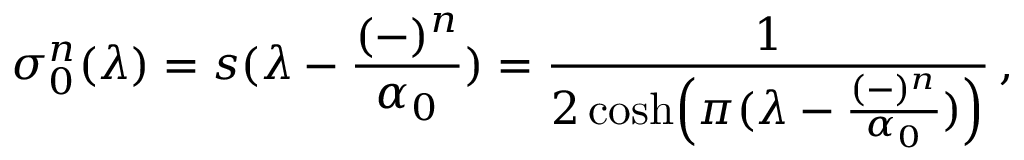
\sigma _ { 0 } ^ { n } ( \lambda ) = s ( \lambda - { \frac { ( - ) ^ { n } } { \alpha _ { 0 } } } ) = { \frac { 1 } { 2 \cosh \Bigl ( \pi ( \lambda - { \frac { ( - ) ^ { n } } { \alpha _ { 0 } } } ) \Bigr ) } } \, ,